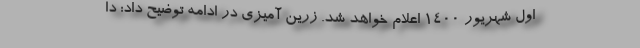
اول شهریور ۱۴۰۰ اعلام خواهد شد. زرین آمیزی در ادامه توضیح داد: دا